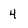
Character: 4